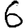
Digit: 6